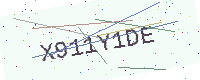
Text: X911Y1DE